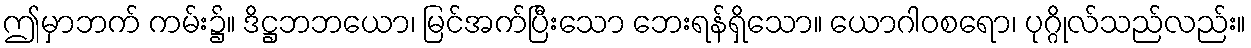
ဤမှာဘက် ကမ်း၌။ ဒိဋ္ဌဘဘယော၊ မြင်အက်ပြီးသော ဘေးရန်ရှိသော။ ယောဂါဝစရော၊ ပုဂ္ဂိုလ်သည်လည်း။